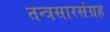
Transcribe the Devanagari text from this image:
तन्त्रसारसंग्रह